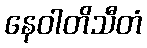
နေဝါတိသီတံ